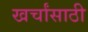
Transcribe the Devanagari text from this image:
खर्चांसाठी